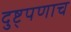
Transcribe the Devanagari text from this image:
दुष्ट्पणाच